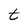
Character: t